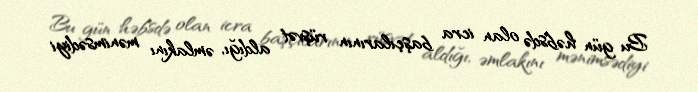
Bu gün həbsdə olan icra başçılarının rüşvət aldığı, əmlakını mənimsədiyi